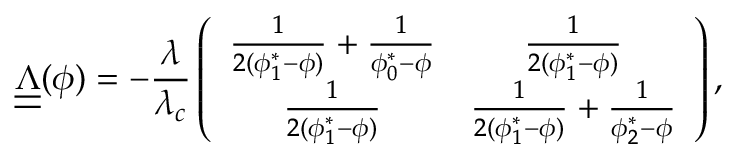
\underline { { \underline { { \Lambda } } } } ( \phi ) = - \frac { \lambda } { \lambda _ { c } } \left( \begin{array} { c c } { \frac { 1 } { 2 ( \phi _ { 1 } ^ { * } - \phi ) } + \frac { 1 } { \phi _ { 0 } ^ { * } - \phi } } & { \frac { 1 } { 2 ( \phi _ { 1 } ^ { * } - \phi ) } } \\ { \frac { 1 } { 2 ( \phi _ { 1 } ^ { * } - \phi ) } } & { \frac { 1 } { 2 ( \phi _ { 1 } ^ { * } - \phi ) } + \frac { 1 } { \phi _ { 2 } ^ { * } - \phi } } \end{array} \right) ,